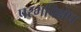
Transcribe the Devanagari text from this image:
परमविक्षेप